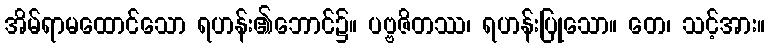
အိမ်ရာမထောင်သော ရဟန်း၏ဘောင်၌။ ပဗ္ဗဇိတဿ၊ ရဟန်းပြုသော။ တေ၊ သင့်အား။